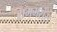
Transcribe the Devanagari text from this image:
रामभरोस